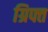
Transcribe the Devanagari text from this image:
ग्रिफ्त